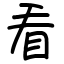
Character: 看